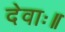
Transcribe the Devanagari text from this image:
देवाः॥